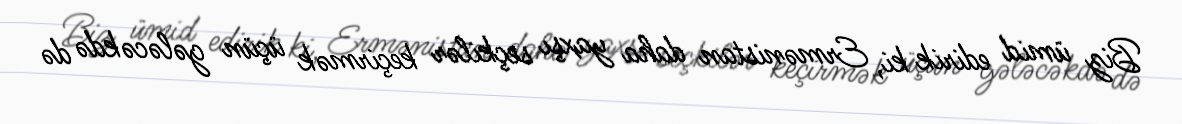
Biz ümid edirik ki, Ermənistan daha yaxşı seçkilər keçirmək üçün gələcəkdə də